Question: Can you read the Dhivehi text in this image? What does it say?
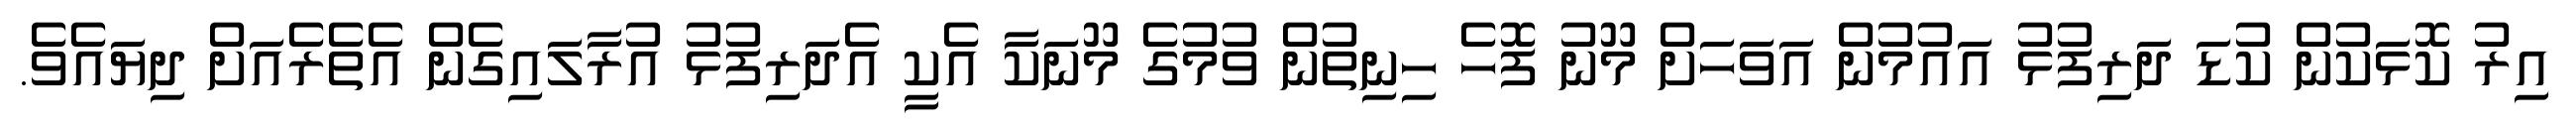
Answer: އިރު ކޮޅަކުން ކުޑަ ދަރިފުޅު އައުމުން އަވަހަށް މޫނު ފޮހެ ހިނިތުން ވުމުގެ މޫނަކާ އެކީ އެދަރިފުޅު އުރާލައިގެން އެތެރެއަށް ދިޔައެވެ.